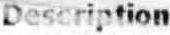
DESCRIPTION